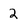
Character: 2